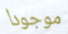
موجودا